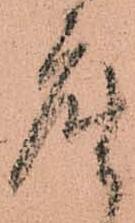
座